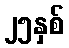
၂၅နှစ်